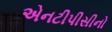
એનટીપીસીનો